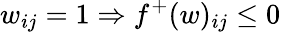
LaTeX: w_{ij}=1\Rightarrow f^{+}(w)_{ij}\leq 0